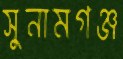
সুনামগঞ্জ